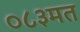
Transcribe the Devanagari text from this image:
०८३मत